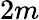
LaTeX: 2m